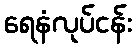
ရေနံလုပ်ငန်း